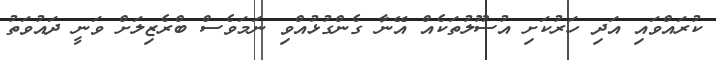
ކުރައްވައި އަދި ހަރުކަށި އުސޫލުތަކެއް އޭނާ ގެންގުޅުއްވި ނަމަވެސް ބްރެޒިލަށް ވަނީ ދައުވަތު